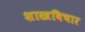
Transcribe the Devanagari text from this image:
शास्त्रविचार